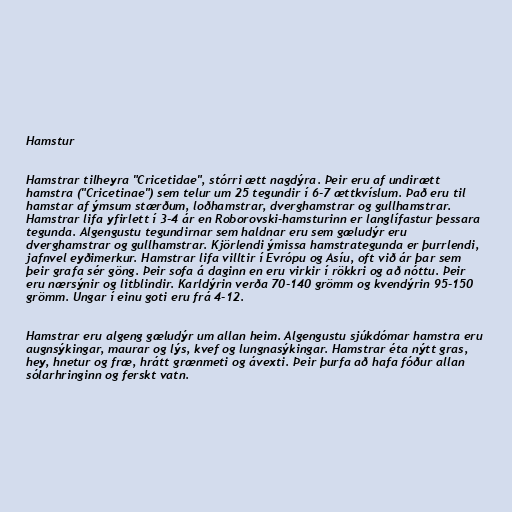
Hamstur

Hamstrar tilheyra "Cricetidae", stórri ætt nagdýra. Þeir eru af undirætt
hamstra ("Cricetinae") sem telur um 25 tegundir í 6-7 ættkvíslum. Það eru til
hamstar af ýmsum stærðum, loðhamstrar, dverghamstrar og gullhamstrar.
Hamstrar lifa yfirlett í 3-4 ár en Roborovski-hamsturinn er langlífastur þessara
tegunda. Algengustu tegundirnar sem haldnar eru sem gæludýr eru
dverghamstrar og gullhamstrar. Kjörlendi ýmissa hamstrategunda er þurrlendi,
jafnvel eyðimerkur. Hamstrar lifa villtir í Evrópu og Asíu, oft við ár þar sem
þeir grafa sér göng. Þeir sofa á daginn en eru virkir í rökkri og að nóttu. Þeir
eru nærsýnir og litblindir. Karldýrin verða 70-140 grömm og kvendýrin 95-150
grömm. Ungar í einu goti eru frá 4-12.

Hamstrar eru algeng gæludýr um allan heim. Algengustu sjúkdómar hamstra eru
augnsýkingar, maurar og lýs, kvef og lungnasýkingar. Hamstrar éta nýtt gras,
hey, hnetur og fræ, hrátt grænmeti og ávexti. Þeir þurfa að hafa fóður allan
sólarhringinn og ferskt vatn.